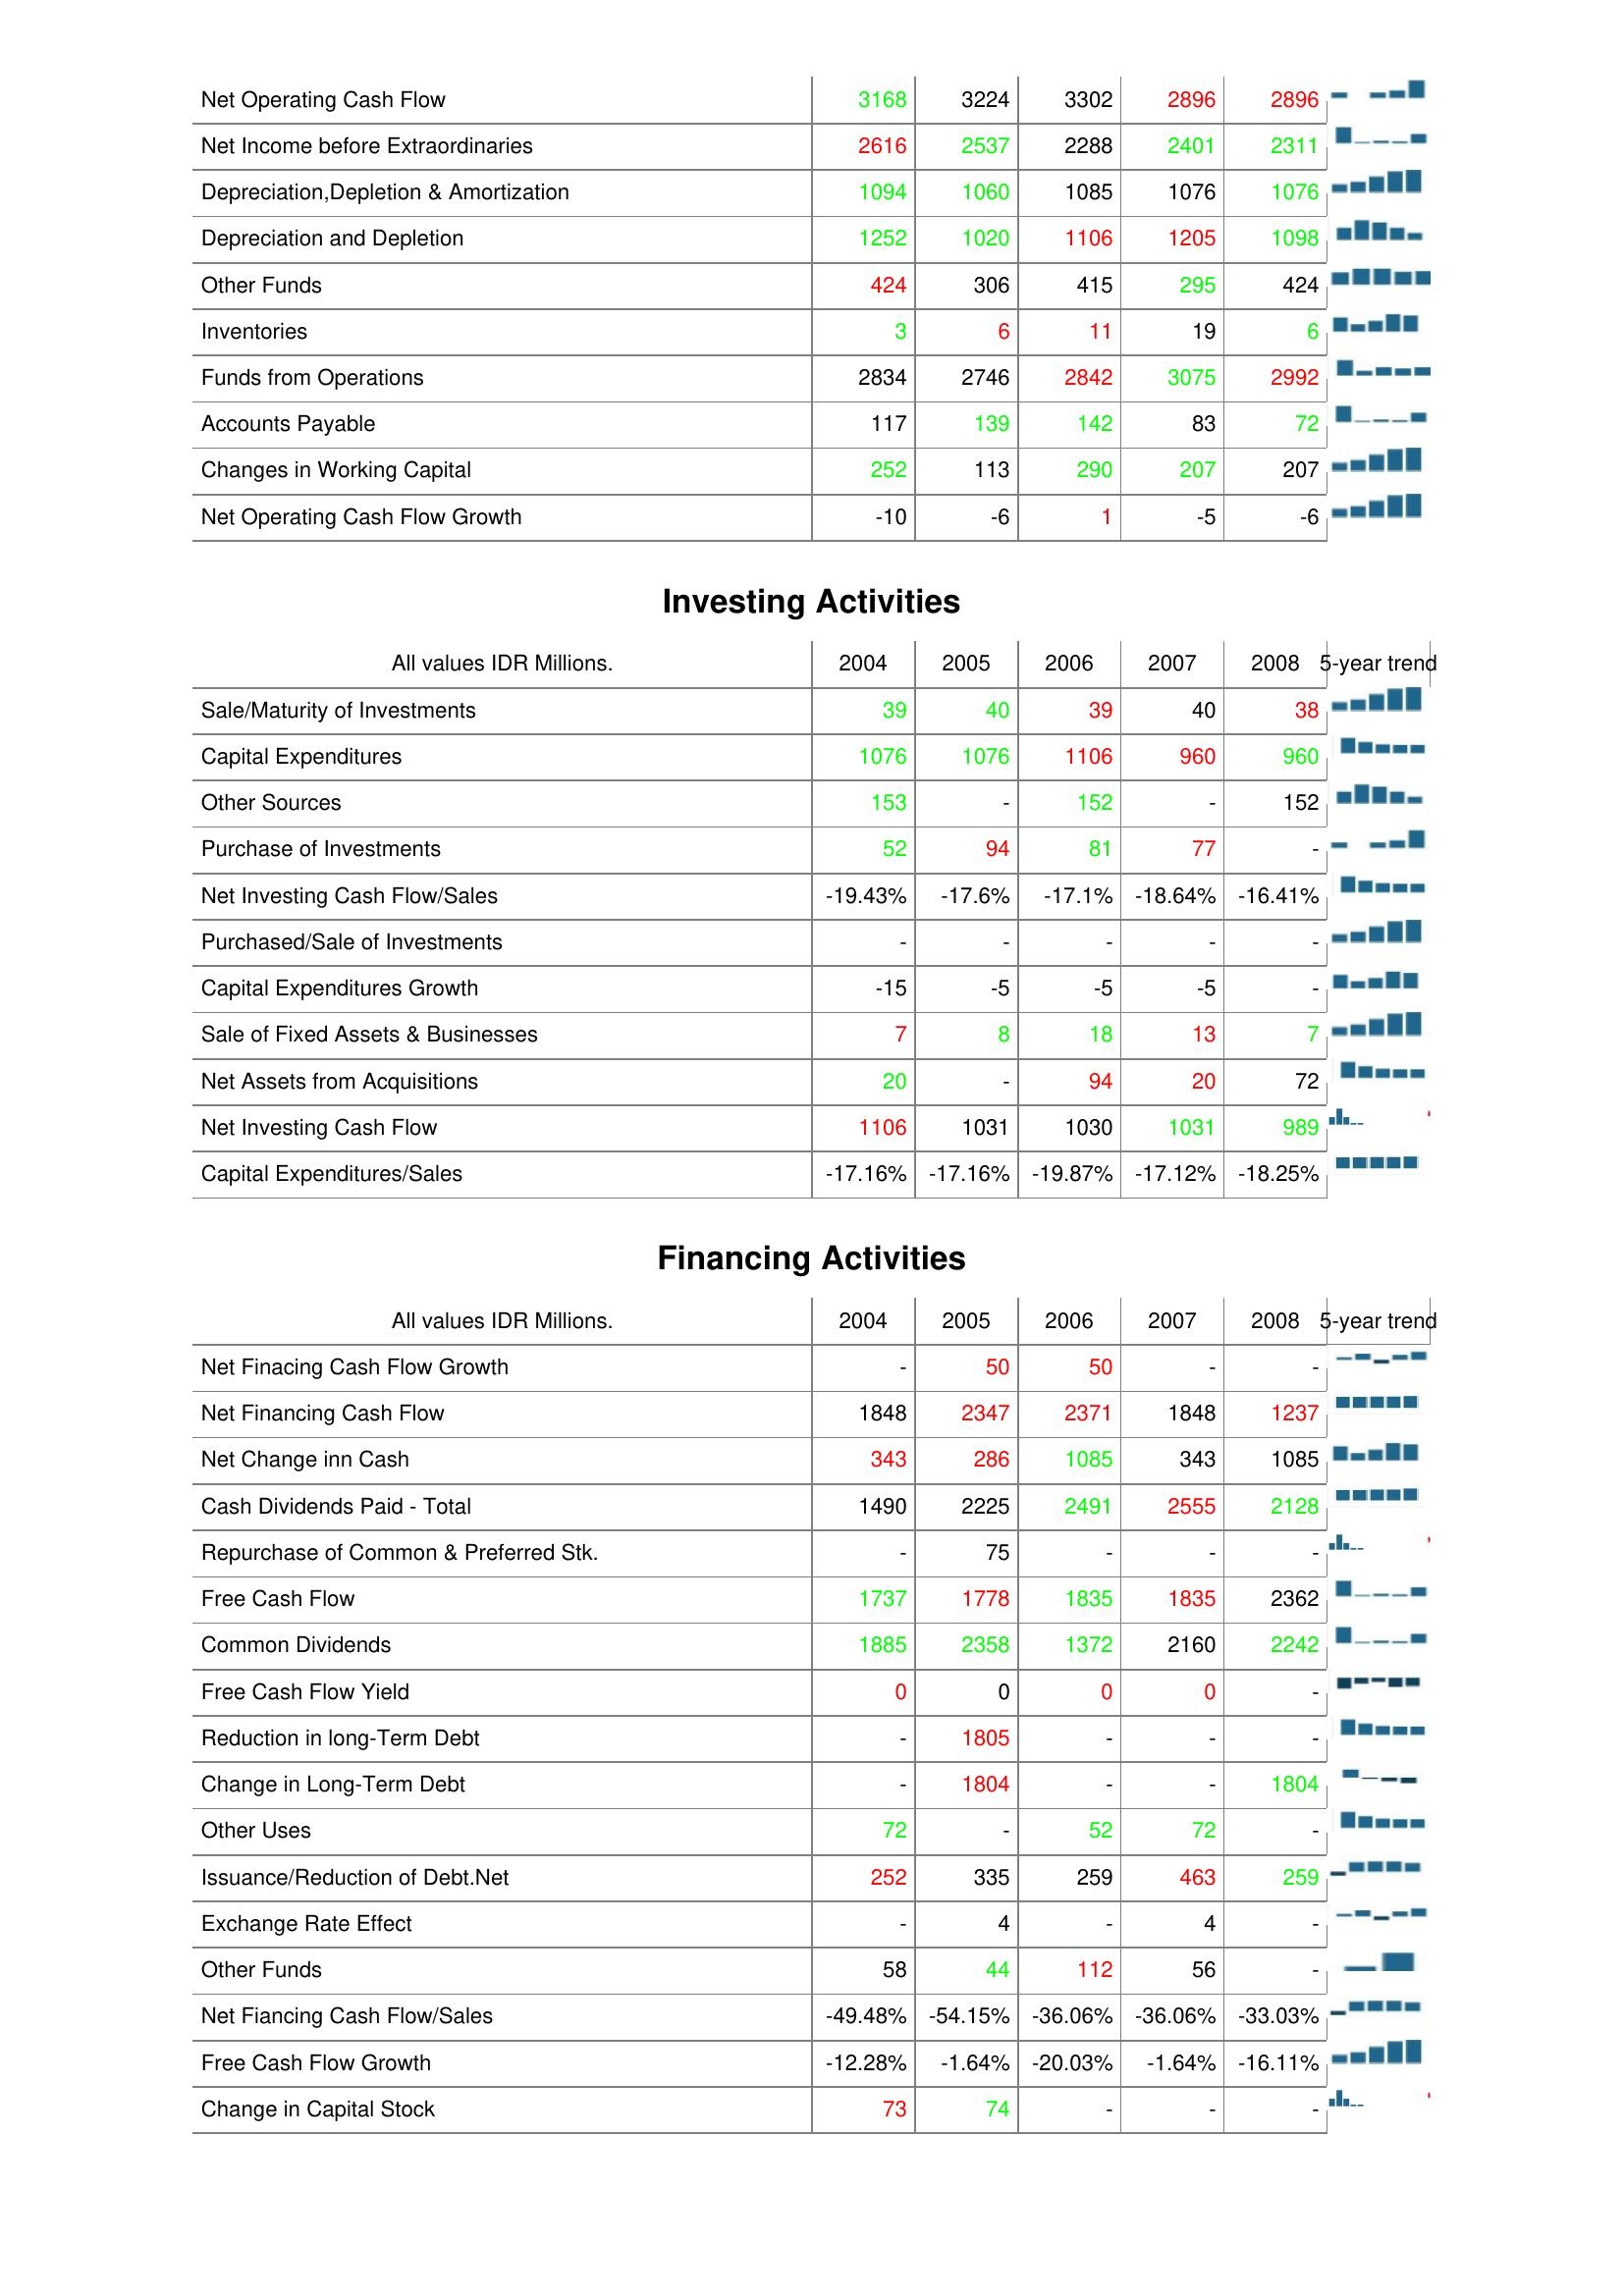
2004: Operating Activities: Net Operating Cash Flow: 3168
Net Income before Extraordinaries: 2616
Depreciation,Depletion & Amortization: 1094
Depreciation and Depletion: 1252
Other Funds: 424
Inventories: 3
Funds from Operations: 2834
Accounts Payable: 117
Changes in Working Capital: 252
Net Operating Cash Flow Growth: -10
Investing Activities: Sale/Maturity of Investments: 39
Capital Expenditures: 1076
Other Sources: 153
Purchase of Investments: 52
Net Investing Cash Flow/Sales: -19.43%
Purchased/Sale of Investments: -
Capital Expenditures Growth: -15
Sale of Fixed Assets & Businesses: 7
Net Assets from Acquisitions: 20
Net Investing Cash Flow: 1106
Capital Expenditures/Sales: -17.16%
Financing Activities: Net Finacing Cash Flow Growth: -
Net Financing Cash Flow: 1848
Net Change inn Cash: 343
Cash Dividends Paid - Total: 1490
Repurchase of Common & Preferred Stk.: -
Free Cash Flow: 1737
Common Dividends: 1885
Free Cash Flow Yield: 0
Reduction in long-Term Debt: -
Change in Long-Term Debt: -
Other Uses: 72
Issuance/Reduction of Debt.Net: 252
Exchange Rate Effect: -
Other Funds: 58
Net Fiancing Cash Flow/Sales: -49.48%
Free Cash Flow Growth: -12.28%
Change in Capital Stock: 73
2005: Operating Activities: Net Operating Cash Flow: 3224
Net Income before Extraordinaries: 2537
Depreciation,Depletion & Amortization: 1060
Depreciation and Depletion: 1020
Other Funds: 306
Inventories: 6
Funds from Operations: 2746
Accounts Payable: 139
Changes in Working Capital: 113
Net Operating Cash Flow Growth: -6
Investing Activities: Sale/Maturity of Investments: 40
Capital Expenditures: 1076
Other Sources: -
Purchase of Investments: 94
Net Investing Cash Flow/Sales: -17.6%
Purchased/Sale of Investments: -
Capital Expenditures Growth: -5
Sale of Fixed Assets & Businesses: 8
Net Assets from Acquisitions: -
Net Investing Cash Flow: 1031
Capital Expenditures/Sales: -17.16%
Financing Activities: Net Finacing Cash Flow Growth: 50
Net Financing Cash Flow: 2347
Net Change inn Cash: 286
Cash Dividends Paid - Total: 2225
Repurchase of Common & Preferred Stk.: 75
Free Cash Flow: 1778
Common Dividends: 2358
Free Cash Flow Yield: 0
Reduction in long-Term Debt: 1805
Change in Long-Term Debt: 1804
Other Uses: -
Issuance/Reduction of Debt.Net: 335
Exchange Rate Effect: 4
Other Funds: 44
Net Fiancing Cash Flow/Sales: -54.15%
Free Cash Flow Growth: -1.64%
Change in Capital Stock: 74
2006: Operating Activities: Net Operating Cash Flow: 3302
Net Income before Extraordinaries: 2288
Depreciation,Depletion & Amortization: 1085
Depreciation and Depletion: 1106
Other Funds: 415
Inventories: 11
Funds from Operations: 2842
Accounts Payable: 142
Changes in Working Capital: 290
Net Operating Cash Flow Growth: 1
Investing Activities: Sale/Maturity of Investments: 39
Capital Expenditures: 1106
Other Sources: 152
Purchase of Investments: 81
Net Investing Cash Flow/Sales: -17.1%
Purchased/Sale of Investments: -
Capital Expenditures Growth: -5
Sale of Fixed Assets & Businesses: 18
Net Assets from Acquisitions: 94
Net Investing Cash Flow: 1030
Capital Expenditures/Sales: -19.87%
Financing Activities: Net Finacing Cash Flow Growth: 50
Net Financing Cash Flow: 2371
Net Change inn Cash: 1085
Cash Dividends Paid - Total: 2491
Repurchase of Common & Preferred Stk.: -
Free Cash Flow: 1835
Common Dividends: 1372
Free Cash Flow Yield: 0
Reduction in long-Term Debt: -
Change in Long-Term Debt: -
Other Uses: 52
Issuance/Reduction of Debt.Net: 259
Exchange Rate Effect: -
Other Funds: 112
Net Fiancing Cash Flow/Sales: -36.06%
Free Cash Flow Growth: -20.03%
Change in Capital Stock: -
2007: Operating Activities: Net Operating Cash Flow: 2896
Net Income before Extraordinaries: 2401
Depreciation,Depletion & Amortization: 1076
Depreciation and Depletion: 1205
Other Funds: 295
Inventories: 19
Funds from Operations: 3075
Accounts Payable: 83
Changes in Working Capital: 207
Net Operating Cash Flow Growth: -5
Investing Activities: Sale/Maturity of Investments: 40
Capital Expenditures: 960
Other Sources: -
Purchase of Investments: 77
Net Investing Cash Flow/Sales: -18.64%
Purchased/Sale of Investments: -
Capital Expenditures Growth: -5
Sale of Fixed Assets & Businesses: 13
Net Assets from Acquisitions: 20
Net Investing Cash Flow: 1031
Capital Expenditures/Sales: -17.12%
Financing Activities: Net Finacing Cash Flow Growth: -
Net Financing Cash Flow: 1848
Net Change inn Cash: 343
Cash Dividends Paid - Total: 2555
Repurchase of Common & Preferred Stk.: -
Free Cash Flow: 1835
Common Dividends: 2160
Free Cash Flow Yield: 0
Reduction in long-Term Debt: -
Change in Long-Term Debt: -
Other Uses: 72
Issuance/Reduction of Debt.Net: 463
Exchange Rate Effect: 4
Other Funds: 56
Net Fiancing Cash Flow/Sales: -36.06%
Free Cash Flow Growth: -1.64%
Change in Capital Stock: -
2008: Operating Activities: Net Operating Cash Flow: 2896
Net Income before Extraordinaries: 2311
Depreciation,Depletion & Amortization: 1076
Depreciation and Depletion: 1098
Other Funds: 424
Inventories: 6
Funds from Operations: 2992
Accounts Payable: 72
Changes in Working Capital: 207
Net Operating Cash Flow Growth: -6
Investing Activities: Sale/Maturity of Investments: 38
Capital Expenditures: 960
Other Sources: 152
Purchase of Investments: -
Net Investing Cash Flow/Sales: -16.41%
Purchased/Sale of Investments: -
Capital Expenditures Growth: -
Sale of Fixed Assets & Businesses: 7
Net Assets from Acquisitions: 72
Net Investing Cash Flow: 989
Capital Expenditures/Sales: -18.25%
Financing Activities: Net Finacing Cash Flow Growth: -
Net Financing Cash Flow: 1237
Net Change inn Cash: 1085
Cash Dividends Paid - Total: 2128
Repurchase of Common & Preferred Stk.: -
Free Cash Flow: 2362
Common Dividends: 2242
Free Cash Flow Yield: -
Reduction in long-Term Debt: -
Change in Long-Term Debt: 1804
Other Uses: -
Issuance/Reduction of Debt.Net: 259
Exchange Rate Effect: -
Other Funds: -
Net Fiancing Cash Flow/Sales: -33.03%
Free Cash Flow Growth: -16.11%
Change in Capital Stock: -